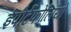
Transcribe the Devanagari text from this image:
ईपोर्टफोलियो